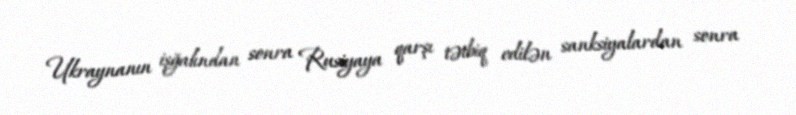
Ukraynanın işğalından sonra Rusiyaya qarşı tətbiq edilən sanksiyalardan sonra